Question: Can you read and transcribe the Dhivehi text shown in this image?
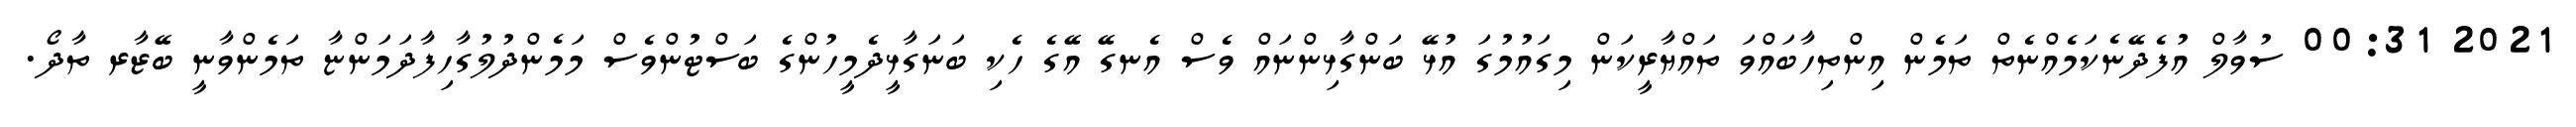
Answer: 2021 00:31 ސުވާލް އުފެދޭނެކަމެއްނެތް ތަމެން އިންތިހާބައްވަ ތައްޔާރީކަން މިގައުމުގަ އުޅޭ ބަންގާޅިންނައް ވެސް އެނގޭ އޭގެ ހެކި ބަނަގާޅީދެމީހުންގެ ބަސްޓުންވެސް މަމެންދުލުގާހިފާދަމަންޏާ ތަމެންވާނީ ބޭޒާރ ތާދޯ.